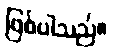
ဖြစ်ပါသည်။